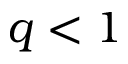
q < 1